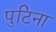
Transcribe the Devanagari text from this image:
पुटिना